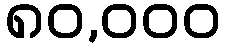
၈၀,၀၀၀